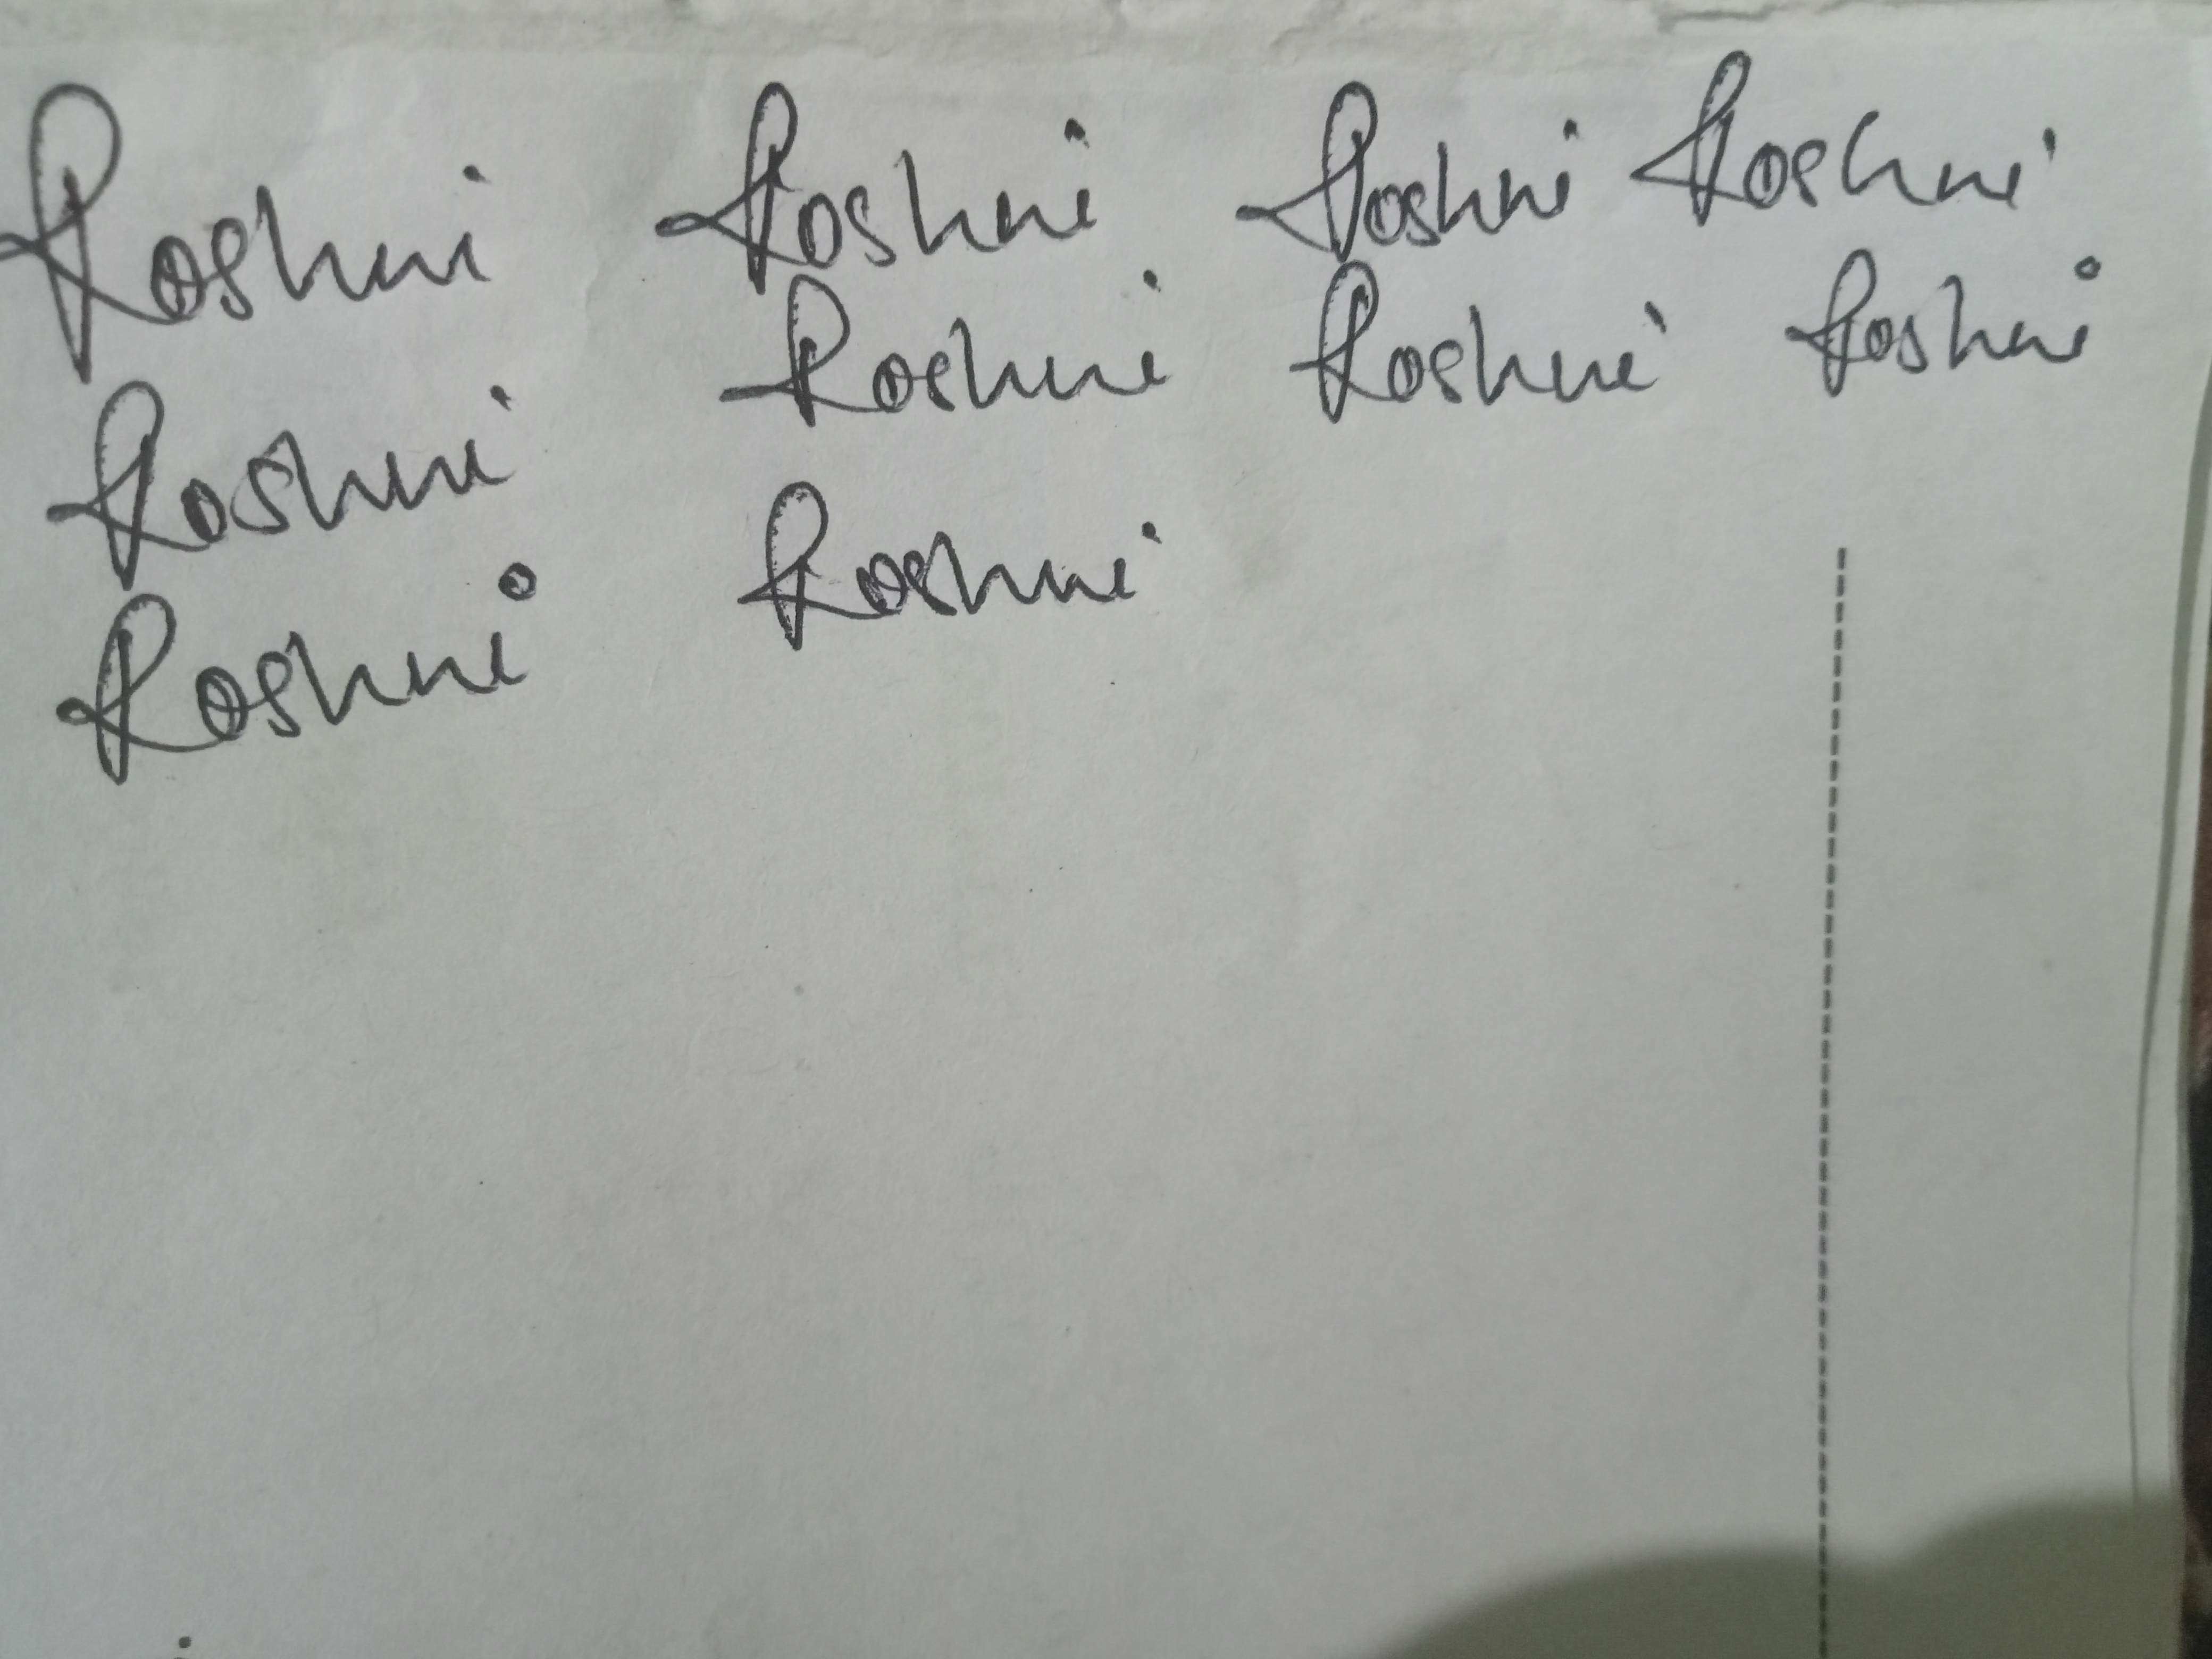
Signature authenticity: genuine